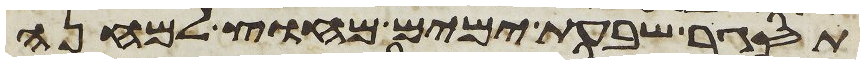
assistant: תסגר שבעת ימים מחוץ למחנה